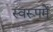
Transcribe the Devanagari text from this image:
स्वरूपमें